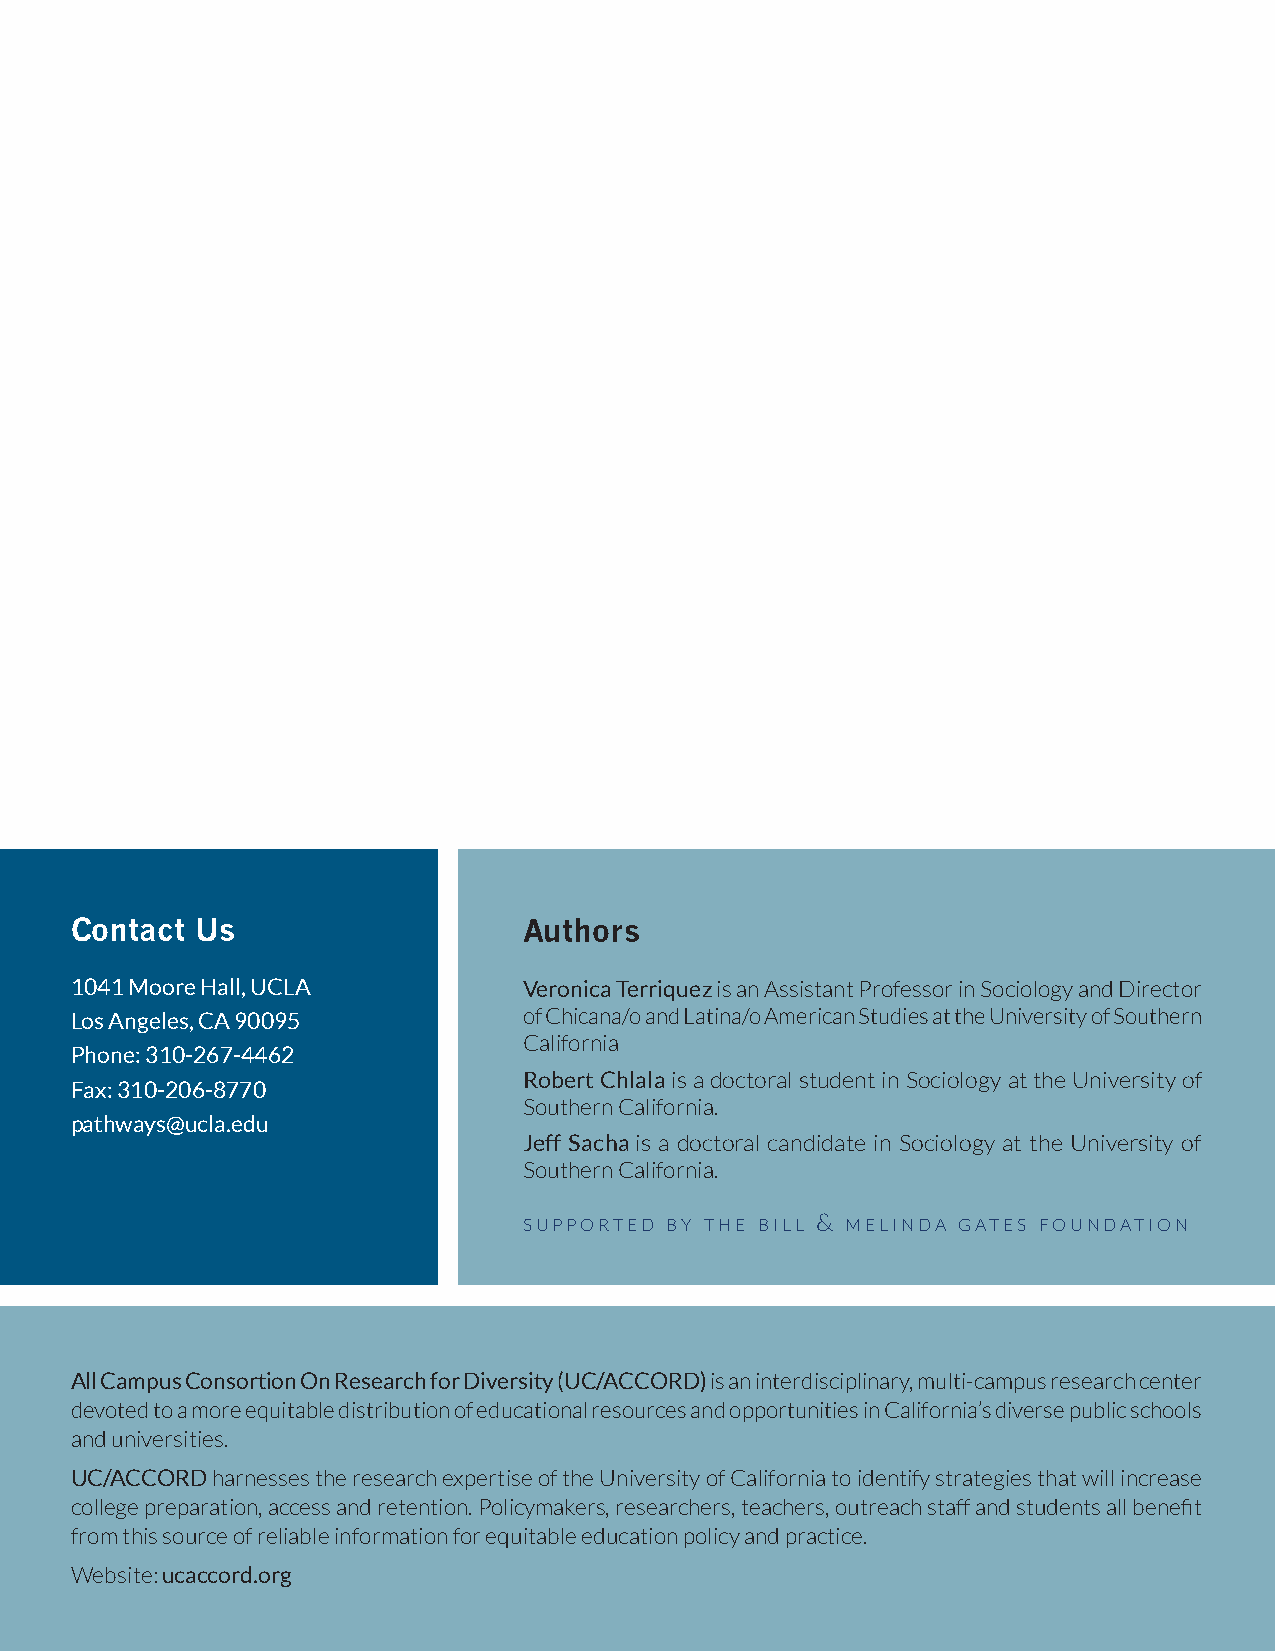
Contact Us                    Authors
 1041 Moore Hall, UCLA         Veronica Terriquez is an Assistant Professor in Sociology and Director
 Los Angeles, CA 90095         of Chicana/o and Latina/o American Studies at the University of Southern
 California
 Phone: 310-267-4462
 Robert Chlala is a doctoral student in Sociology at the University of
 Fax: 310-206-8770
 Southern California.
 pathways@ucla.edu
 Jeff Sacha is a doctoral candidate in Sociology at the University of
 Southern California.
 sUpported bY the biLL & meLinda gates foUndation
 All Campus Consortion On Research for Diversity (UC/ACCORD) is an interdisciplinary, multi-campus research center
 devoted to a more equitable distribution of educational resources and opportunities in California’s diverse public schools
 and universities.
 UC/ACCORD harnesses the research expertise of the University of California to identify strategies that will increase
 college preparation, access and retention. Policymakers, researchers, teachers, outreach staff and students all benefit
 from this source of reliable information for equitable education policy and practice.
 Website: ucaccord.org